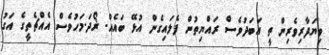
ވިޔަފާރިވެރިން ތީ އަބަދުވެސް ރައްޔިތުން ފެލައިގެން އުޅޭ ބައެއް. ޜޯދަ.މަހުވެސް އެއްޗެތީގެ އަގު